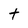
Character: t